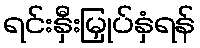
ရင်းနှီးမြှုပ်နှံရန်